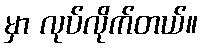
မှာ လုပ်လိုက်တယ်။